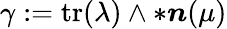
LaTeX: \gamma:=\mathrm{tr}(\lambda)\wedge\ast\boldsymbol{n}(\mu)